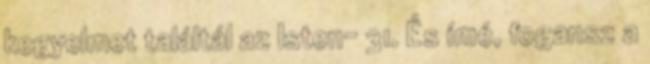
kegyelmet találtál az Isten− 31. És ímé, fogansz a